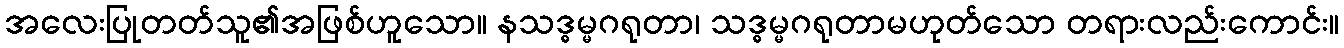
အလေးပြုတတ်သူ၏အဖြစ်ဟူသော။ နသဒ္ဓမ္မဂရုတာ၊ သဒ္ဓမ္မဂရုတာမဟုတ်သော တရားလည်းကောင်း။